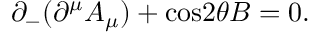
{ \partial } _ { - } ( { \partial } ^ { \mu } A _ { \mu } ) + \mathrm { c o s } 2 { \theta } B = 0 .